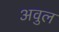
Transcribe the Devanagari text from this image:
अवुल